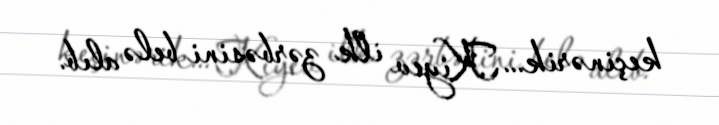
keçinərik... Kiyev ilk zərbəsini belə alıb.